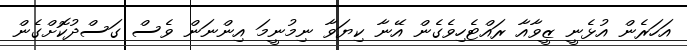
އަހަރެން އުޅެނީ ޒީވާއާ ރައްޓެހިވެގެން އޭނާ ކިޔަވާ ނިމުނީމަ އިންނަން ވެސް ގަސްދުކޮށްގެން